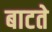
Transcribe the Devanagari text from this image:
बाटते